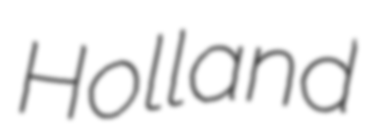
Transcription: Holland